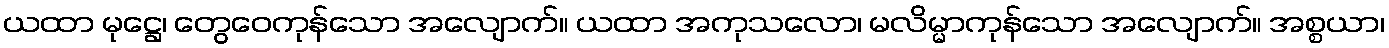
ယထာ မုဋ္ဌေ၊ တွေဝေကုန်သော အလျောက်။ ယထာ အကုသလော၊ မလိမ္မာကုန်သော အလျောက်။ အစ္စယာ၊